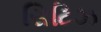
સિટિઝ